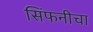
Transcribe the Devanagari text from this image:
सिंफनीचा